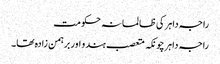
راجہ داہر کی ظالمانہ حکومت
راجہ داہر چونکہ متعصب ہندو اور برہمن زادہ تھا۔